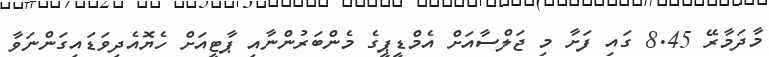
މާދަމާރޭ 8.45 ގައި ފަށާ މި ޖަލްސާއަށް އެމްޑީޕީގެ މެންބަރުންނާއި ޕާޓީއަށް ހެޔޮއެދިވަޑައިގަންނަވާ